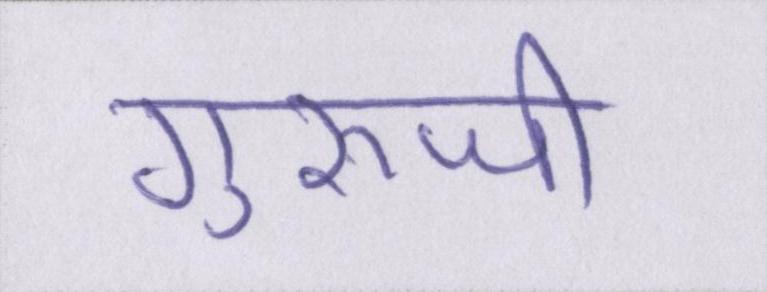
गुरूजी